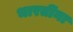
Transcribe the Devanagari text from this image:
भारतींना